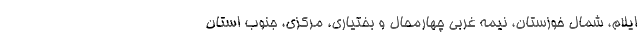
ایلام، شمال خوزستان، نیمه غربی چهارمحال و بختیاری، مرکزی، جنوب استان